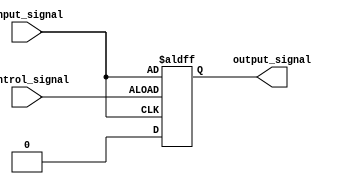
module Transmission_Gate_Delay (
    input wire control_signal,
    input wire input_signal,
    output reg output_signal
);

reg delay_signal;

always @ (posedge control_signal or negedge input_signal)
begin
    if (control_signal)
        delay_signal <= input_signal;
    else
        delay_signal <= 1'b0;
end

assign output_signal = delay_signal;

endmodule